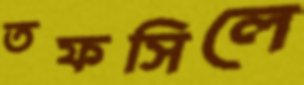
তফসিলে